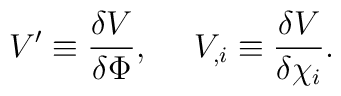
V' \equiv \frac{\delta V}{\delta \Phi} , \ \ \ \ V_{,i} \equiv\frac{\delta V}{\delta \chi_i}.